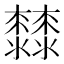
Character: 𣠬